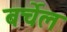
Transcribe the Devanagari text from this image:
बर्चेल